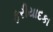
ફરીયાદકા